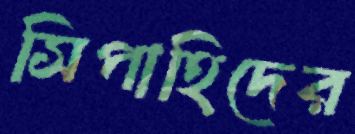
সিপাহিদের